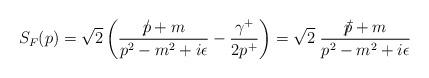
LaTeX: \begin{align*}S_{F} (p) = \sqrt{2}\left(\frac{p\!\!\!\slash + m}{p^{2}-m^{2}+i\epsilon} - \frac{\gamma^{+}}{2p^{+}}\right) = \sqrt{2}\;\frac{\bar{p}\!\!\!\slash + m}{p^{2}-m^{2}+i\epsilon}\end{align*}